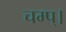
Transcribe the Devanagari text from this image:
चम्प्।